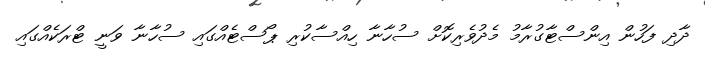
ދާދި ފަހުން އިންސްޓާގުރާމު މެދުވެރިކޮށް ސުހާނާ ހިއްސާކުރި ޕޯސްޓެއްގައި ސުހާނާ ވަނީ ޓްރަކެއްގައި